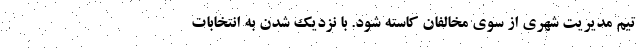
تیم مدیریت شهری از سوی مخالفان کاسته شود. با نزدیک شدن به انتخابات